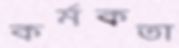
কর্মকতা